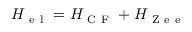
H _ { \mathrm { ~ e ~ l ~ } } = H _ { \mathrm { ~ C ~ F ~ } } + H _ { \mathrm { ~ Z ~ e ~ e ~ } }